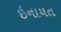
ઇનાયત